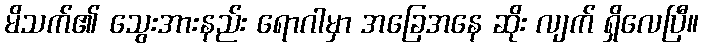
မိသက်၏ သွေးအားနည်း ရောဂါမှာ အခြေအနေ ဆိုး လျက် ရှိလေပြီ။